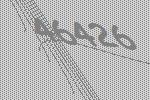
46426